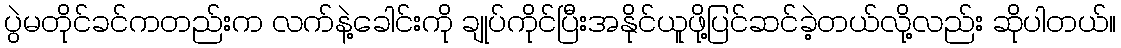
ပွဲမတိုင်ခင်ကတည်းက လက်နဲ့ခေါင်းကို ချုပ်ကိုင်ပြီးအနိုင်ယူဖို့ပြင်ဆင်ခဲ့တယ်လို့လည်း ဆိုပါတယ်။